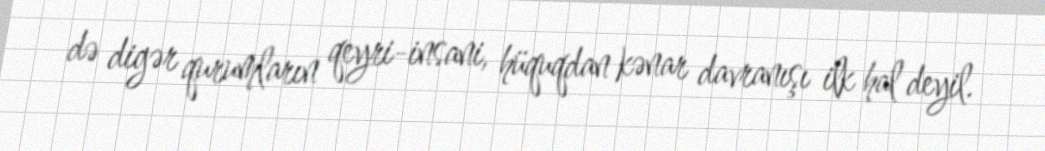
də digər qurumların qeyri-insani, hüquqdan kənar davranışı ilk hal deyil.